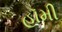
હૉમી